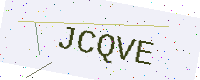
Text: JCQVE